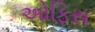
અોફિસ